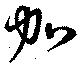
加